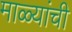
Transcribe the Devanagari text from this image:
माळ्यांची